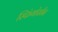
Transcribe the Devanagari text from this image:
स्फिंगोसीन